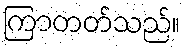
ကြာတတ်သည်။